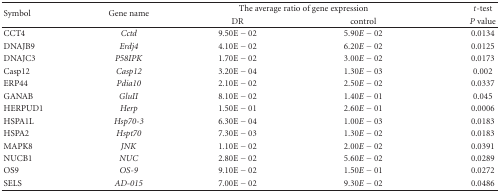
| <ROWSPAN=2> Symbol | <ROWSPAN=2> Gene name | <COLSPAN=2> The average ratio of gene expression | t-test |
 | DR | control | P value |
 | --- | --- | --- | --- | --- |
 | CCT4 | Cctd | 9.50E − 02 | 5.90E − 02 | 0.0134 |
 | DNAJB9 | Erdj4 | 4.10E − 02 | 6.20E − 02 | 0.0125 |
 | DNAJC3 | P58IPK | 1.70E − 02 | 3.00E − 02 | 0.0173 |
 | Casp12 | Casp12 | 3.20E − 04 | 1.30E − 03 | 0.002 |
 | ERP44 | Pdia10 | 2.10E − 02 | 2.50E − 02 | 0.0337 |
 | GANAB | GluII | 8.10E − 02 | 1.40E − 01 | 0.045 |
 | HERPUD1 | Herp | 1.50E − 01 | 2.60E − 01 | 0.0006 |
 | HSPA1L | Hsp70-3 | 6.30E − 04 | 1.00E − 03 | 0.0183 |
 | HSPA2 | Hspt70 | 7.30E − 03 | 1.30E − 02 | 0.0183 |
 | MAPK8 | JNK | 1.10E − 02 | 2.00E − 02 | 0.0391 |
 | NUCB1 | NUC | 2.80E − 02 | 5.60E − 02 | 0.0289 |
 | OS9 | OS-9 | 9.10E − 02 | 1.50E − 01 | 0.0272 |
 | SELS | AD-015 | 7.00E − 02 | 9.30E − 02 | 0.0486 |